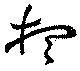
想